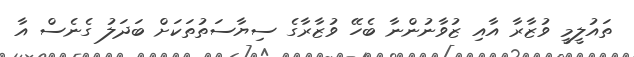
ތައުލީމީ ވުޒާރާ އާއި ޒުވާނުންނާ ބެހޭ ވުޒާރާގެ ސިޔާސަތުތަކަށް ބަދަލު ގެނެސް އާ